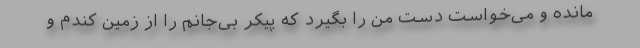
مانده و می‌خواست دست من را بگیرد که پیکر بی‌جانم را از زمین کندم و